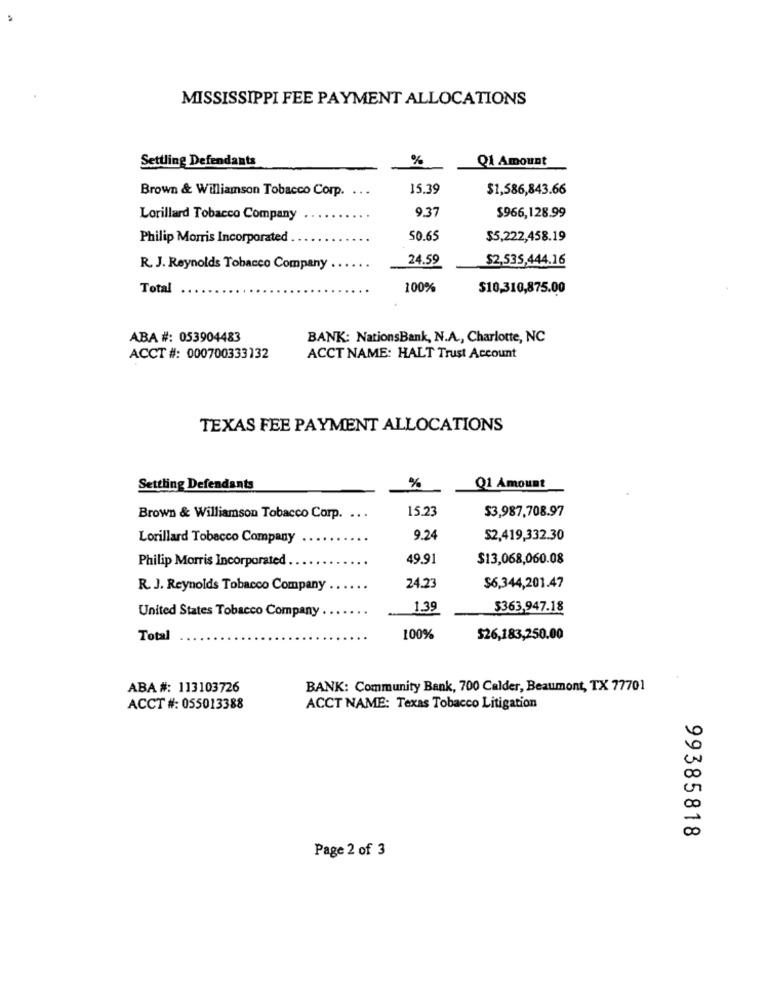
MISSISSIPPI FEE PAYMENT ALLOCATIONS
Settling Defendants
%
Q1 Amount
Brown & Williamson Tobacco Corp.
...
15.39
$1,586,843.66
9.37
Lorillard Tobacco Company
$966,128.99
Philip Morris Incorporated
50.65
$5,222,458.19
24.59
$2,535,444.16
R. J. Reynolds Tobacco Company
Total
100%
$10,310,875.00
ABA #: 053904483
BANK: NationsBank, N.A ., Charlotte, NC
ACCT #: 000700333132
ACCT NAME: HALT Trust Account
TEXAS FEE PAYMENT ALLOCATIONS
Settling Defendants
%
Q1 Amount
15.23
$3,987,708.97
Brown & Williamson Tobacco Corp. .. .
Lorillard Tobacco Company
9.24
$2,419,332.30
Philip Morris Incorporated
49.91
$13,068,060.08
R. J. Reynolds Tobacco Company
24.23
$6,344,201.47
1.39
5363,947.18
United States Tobacco Company
Total
100%
$26,183,250.00
ABA #: 113103726
BANK: Community Bank, 700 Calder, Beaumont, TX 77701
ACCT #: 055013388
ACCT NAME: Texas Tobacco Litigation
00
20
99385818
Page 2 of 3